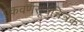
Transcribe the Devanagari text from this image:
एकवर्णसूर्यचित्रक